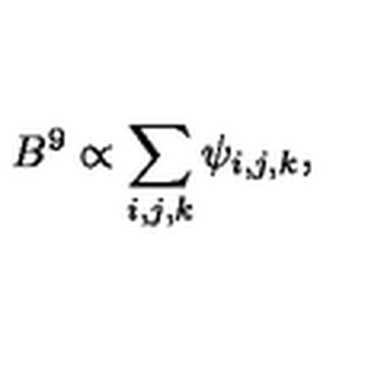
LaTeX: B ^ { 9 } \propto \sum _ { i , j , k } \psi _ { i , j , k } ,